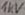
Text: 1kV